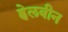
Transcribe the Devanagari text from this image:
ह्वेलबीन